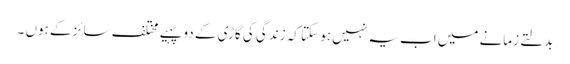
بدلتے زمانے میں اب یہ نہیں ہو سکتا کہ زندگی کی گاڑی کے دو پہیے مختلف سائز کے ہوں ۔